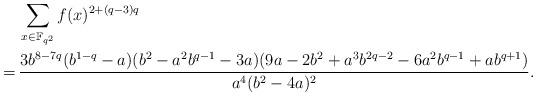
LaTeX: \begin{align*}&\sum_{x\in\Bbb F_{q^2}}f(x)^{2+(q-3)q}\cr=\,&\frac{3b^{8-7q}(b^{1-q}-a)(b^2-a^2b^{q-1}-3a)(9a-2b^2+a^3b^{2q-2}-6a^2b^{q-1}+ab^{q+1})}{a^4(b^2-4a)^2}.\end{align*}